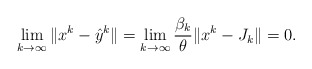
\begin{align*}\lim_{k\to\infty} \|x^k-\hat y^k\|=\lim_{k\to\infty}\frac{\beta_k}{\theta}\|x^k-J_k\|= 0.\end{align*}